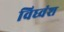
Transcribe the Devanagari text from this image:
विघ्वंश